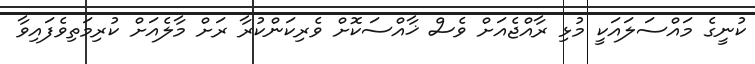
ކުނީގެ މައްސަލައަކީ މުޅި ރާއްޖެއަށް ވެސް ޚާއްސަކޮށް ވެރިކަންކުރާ ރަށް މާލެއަށް ކުރިމަތިވެފައިވާ